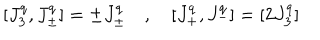
[ J _ { 3 } ^ { q } , J _ { \pm } ^ { q } ] = \pm J _ { \pm } ^ { q } \quad , \quad [ J _ { + } ^ { q } , J _ { - } ^ { q } ] = [ 2 J _ { 3 } ^ { q } ]